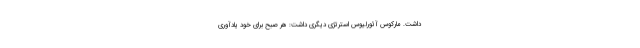
داشت. مارکوس آئورلیوس استرتژی دیگری داشت: هر صبح برای خود یادآوری